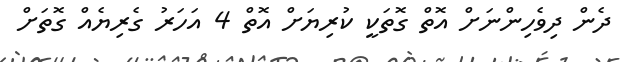
ދެން ދިވެހިންނަށް އޮތް ގޮތަކީ ކުރިޔަށް އޮތް 4 އަހަރު ގެރިޔެއް ގޮތަށް